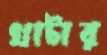
খাটার